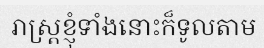
រាស្ត្រខ្ញុំទាំងនោះក៏ទូលតាម